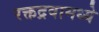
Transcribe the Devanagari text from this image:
रक्तद्रवामध्ये